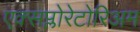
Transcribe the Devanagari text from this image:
एक्सप्लोरेटोरिअम